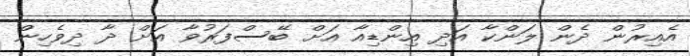
އެއިރުން ދެން ލަންކާ އަދި އިންޑިއާ އަށް ބޭސްފަރުވާ އަށް ދާ ދިވެހިން